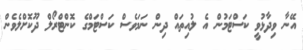
އޭނާ ވިދާޅުވީ ކަސްޓަމުން އެ ލުއިތައް ދިން ނަމަވެސް ކަސްޓަމްގެ ކޮންޓްރޯލް ދޫކޮށްލެވެން